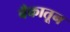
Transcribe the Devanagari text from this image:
बँकातून